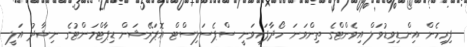
ފިރިހެން އިންޑިވިޑުވަލް އިވެންޓްގެ ތިންވަނަ ހޯދާފައިވަނީ ސްޕެސަލިސްޓް އޮޕަރޭޝަން ޑިޕާޓްމަންޓުގެ ނިޝާދު އަލީ